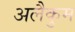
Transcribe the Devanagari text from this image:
अलैकुम